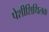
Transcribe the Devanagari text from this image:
पेशीशिथिलक